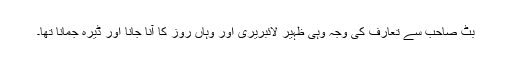
بٹ صاحب سے تعارف کی وجہ وہی ظہیر لائبریری اور وہاں روز کا آنا جانا اور ڈیرہ جمانا تھا۔